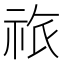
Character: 祣